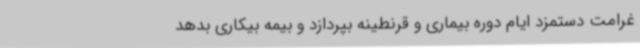
غرامت دستمزد ایام دوره بیماری و قرنطینه بپردازد و بیمه بیکاری بدهد